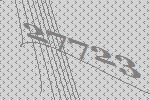
27723